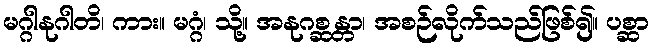
မဂ္ဂါနုဂါတိ၊ ကား။ မဂ္ဂံ၊ သို့။ အနုဂစ္ဆန္တာ၊ အစဉ်လိုက်သည်ဖြစ်၍။ ပစ္ဆာ